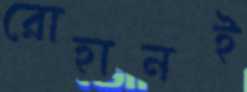
রোহানই